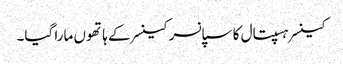
کینسر ہسپتال کا سپانسر کینسر کے ہاتھوں مارا گیا۔